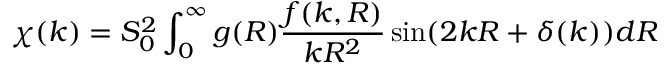
\chi ( k ) = S _ { 0 } ^ { 2 } \int _ { 0 } ^ { \infty } g ( R ) \frac { f ( k , R ) } { k R ^ { 2 } } \sin ( 2 k R + \delta ( k ) ) d R